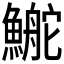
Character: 鿳